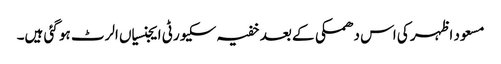
مسعود اظہر کی اس دھمکی کے بعد خفیہ سکیورٹی ایجنسیاں الرٹ ہو گئی ہیں۔